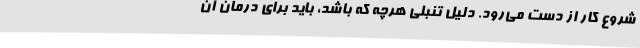
شروع کار از دست می‌رود. دلیل تنبلی هرچه که باشد، باید برای درمان آن